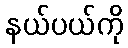
နယ်ပယ်ကို